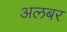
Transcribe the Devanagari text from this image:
अलबर